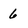
Character: 6